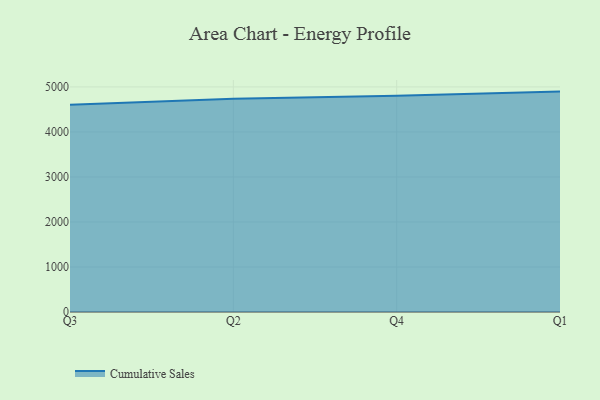
{"axis": {"x": "Quarter", "y": "Tickets Resolved"}, "legend": ["Cumulative Sales"], "data": [{"x": "Q3", "y": 4604.1, "type": "Cumulative Sales"}, {"x": "Q2", "y": 4737.1, "type": "Cumulative Sales"}, {"x": "Q4", "y": 4806.7, "type": "Cumulative Sales"}, {"x": "Q1", "y": 4896.3, "type": "Cumulative Sales"}]}